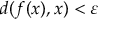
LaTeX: d ( f ( x ) , x ) < \varepsilon